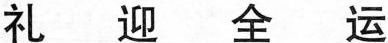
礼 迎 全 运